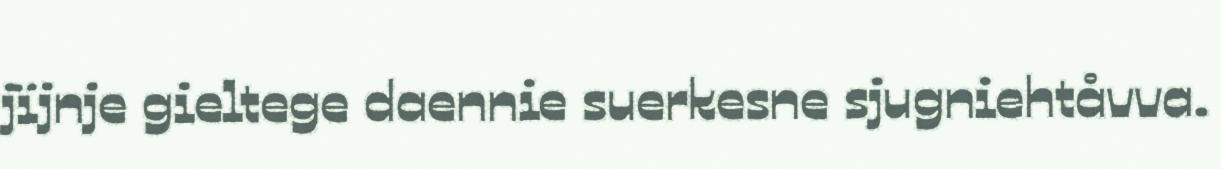
jïjnje gieltege daennie suerkesne sjugniehtåvva.